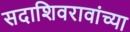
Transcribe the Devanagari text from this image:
सदाशिवरावांच्या